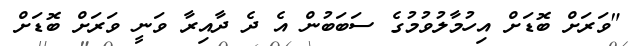
"ވަރަށް ބޮޑަށް އިހުމާލުވުމުގެ ސަބަބުން އެ ދެ ދާއިރާ ވަނީ ވަރަށް ބޮޑަށް